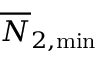
\overline { { N } } _ { 2 , \mathrm { m i n } }